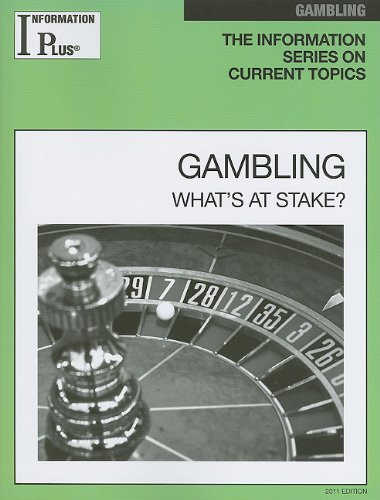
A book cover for Gambling (Information Plus Reference Series); Melissa J. Doak; Health, Fitness & Dieting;